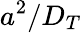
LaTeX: a^{2}/D_{T}